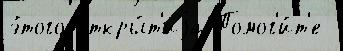
э́того откры́т'иjа Помог'и́т'е